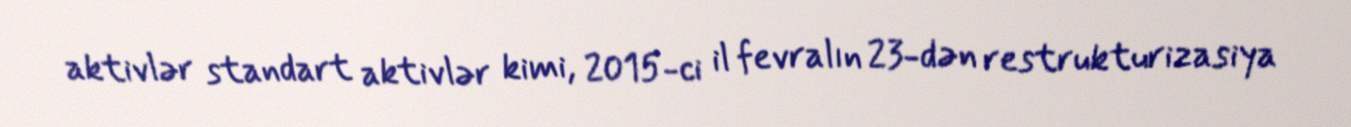
aktivlər standart aktivlər kimi, 2015-ci il fevralın 23-dən restrukturizasiya